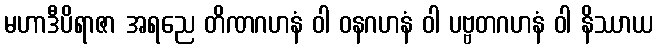
မဟာဒီပိရာဇာ အရညေ တိဏဂဟနံ ဝါ ဝနဂဟနံ ဝါ ပဗ္ဗတဂဟနံ ဝါ နိဿာယ